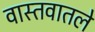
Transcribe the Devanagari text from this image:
वास्तवातले